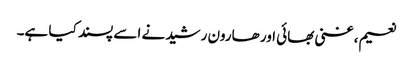
نعیم، غنی بھائی اور ھارون رشید نے اسے پسند کیا ہے۔